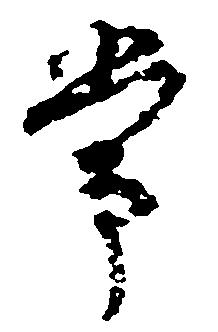
常